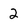
Character: 2